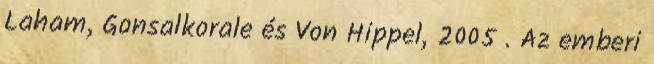
Laham, Gonsalkorale és Von Hippel, 2005 . Az emberi